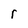
Character: r